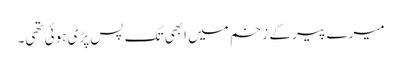
میرے پیر کے زخم میں ابھی تک پس پڑی ہوئی تھی۔